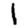
Digit: 1